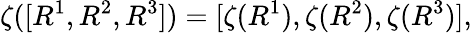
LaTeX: \zeta([R^{1},R^{2},R^{3}])=[\zeta(R^{1}),\zeta(R^{2}),\zeta(R^{3})],